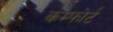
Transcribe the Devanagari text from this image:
कम्फोर्ट